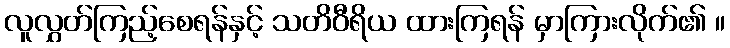
လူလွှတ်ကြည့်စေရန်နှင့် သတိဝီရိယ ထားကြရန် မှာကြားလိုက်၏ ။